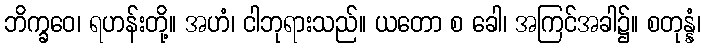
ဘိက္ခဝေ၊ ရဟန်းတို့။ အဟံ၊ ငါဘုရားသည်။ ယတော စ ခေါ၊ အကြင်အခါ၌။ စတုန္နံ၊